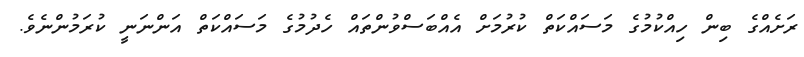
ރަށެއްގެ ބިން ހިއްކުމުގެ މަސައްކަތް ކުރުމަށް އެއްބަސްވުންތައް ހެދުމުގެ މަސައްކަތް އަންނަނީ ކުރަމުންނެވެ.